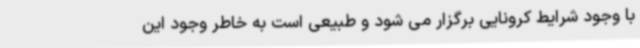
با وجود شرایط کرونایی برگزار می شود و طبیعی است به خاطر وجود این